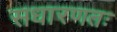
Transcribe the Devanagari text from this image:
सधारणतः